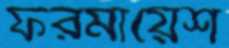
ফরমায়েশ